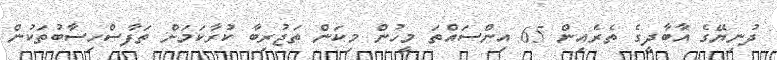
ދުނިޔޭގެ އާބާދީގެ ތެރެއިން 65 އިންސައްތަ މީހުން މިކަން ތަޖުރިބާ ކުރާކަމަށް ތަފާސްހިސާބުތަކުން